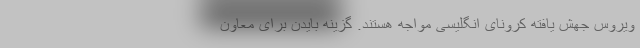
ویروس جهش یافته کرونای انگلیسی مواجه هستند. گزینه بایدن برای معاون